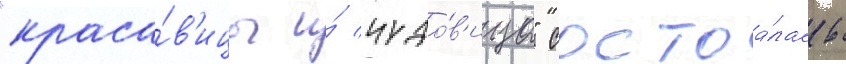
"краса́в'ицы и́ чудо́в'ища" состоа́лась